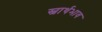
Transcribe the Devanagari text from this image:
स्वार्थभाव